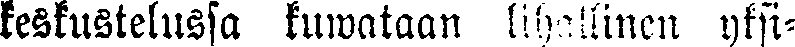
keskustelussa kuwataan lihallinen yksi-